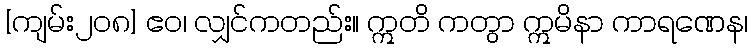
[ကျမ်း၂၀၈] ဧဝ၊ လျှင်ကတည်း။ ဣတိ ကတွာ ဣမိနာ ကာရဏေန၊